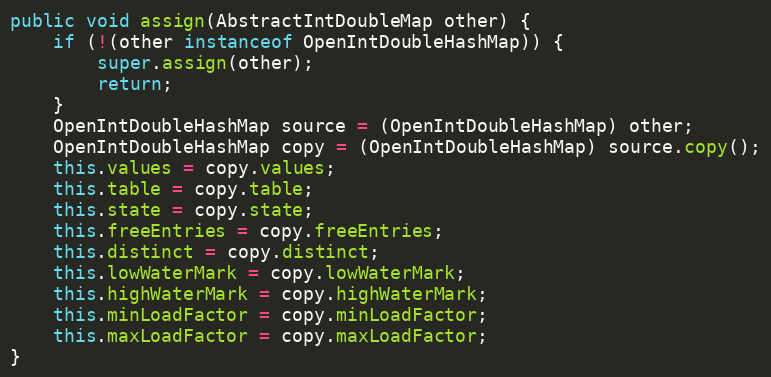
Language: Java
public void assign(AbstractIntDoubleMap other) {
	if (!(other instanceof OpenIntDoubleHashMap)) {
		super.assign(other);
		return;
	}
	OpenIntDoubleHashMap source = (OpenIntDoubleHashMap) other;
	OpenIntDoubleHashMap copy = (OpenIntDoubleHashMap) source.copy();
	this.values = copy.values;
	this.table = copy.table;
	this.state = copy.state;
	this.freeEntries = copy.freeEntries;
	this.distinct = copy.distinct;
	this.lowWaterMark = copy.lowWaterMark;
	this.highWaterMark = copy.highWaterMark;
	this.minLoadFactor = copy.minLoadFactor;
	this.maxLoadFactor = copy.maxLoadFactor;
}